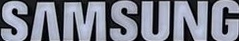
SAMVISUNG